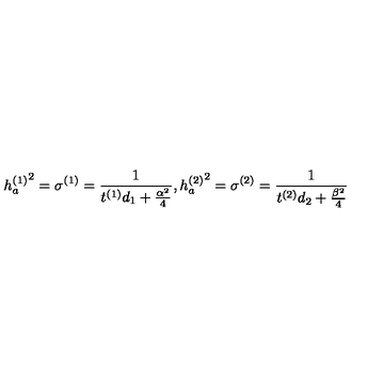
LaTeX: { h _ { a } ^ { ( 1 ) } } ^ { 2 } = \sigma ^ { ( 1 ) } = { \frac { 1 } { t ^ { ( 1 ) } d _ { 1 } + { \frac { \alpha ^ { 2 } } { 4 } } } } , { h _ { a } ^ { ( 2 ) } } ^ { 2 } = \sigma ^ { ( 2 ) } = { \frac { 1 } { t ^ { ( 2 ) } d _ { 2 } + { \frac { \beta ^ { 2 } } { 4 } } } }